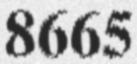
8665